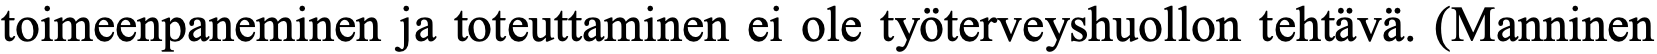
toimeenpaneminen ja toteuttaminen ei ole työterveyshuollon tehtävä. (Manninen